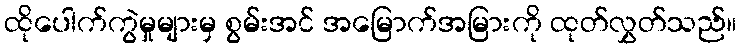
ထိုပေါက်ကွဲမှုများမှ စွမ်းအင် အမြောက်အမြားကို ထုတ်လွှတ်သည်။